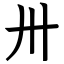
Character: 卅